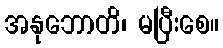
အနုဘောတိ၊ မပြီးစေ။